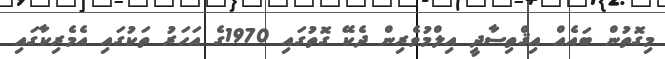
މިގޮތުން ބައެއް އިޤްތިސާދީ އިލްމުވެރިން ދެކޭ ގޮތުގައި 1970ގެ އަހަރު ތަކުގައި އެމެރިކާގައި